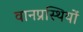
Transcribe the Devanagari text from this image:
वानप्रस्थियों